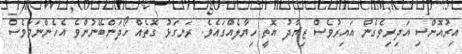
އިރުއޮށްސި އަދިރިވެގެން އައިރުވެސް ޒިޔާދު އޮތީ ހިޔާލެއްގައެވެ. ރަނގަޅު ގޮތެއް ހޯދަންބޭނުންވެ އެހެންނަމަވެސް